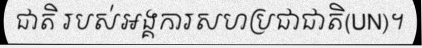
ជាតិ របស់អង្គការសហប្រជាជាតិ(UN)។